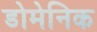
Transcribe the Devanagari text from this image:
डोमेनिक